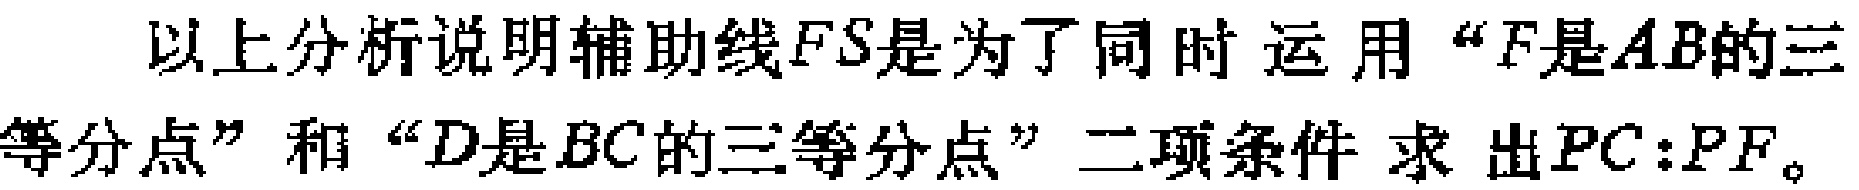
以上分析说明辅助线\(FS\)是为了同时运用“\(F\)是\(AB\)的三等分点”和“\(D\)是\(BC\)的三等分点”二项条件求出\(PC:PF\)。